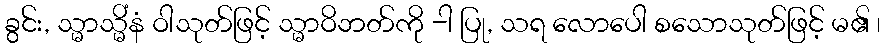
ခွင်း, သ္မာသ္မိံနံ ဝါသုတ်ဖြင့် သ္မာဝိဘတ်ကို -ါ ပြု, သရ လောပေါ စသောသုတ်ဖြင့် မ၏ ၊